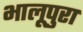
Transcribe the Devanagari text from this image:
भालूपुरा